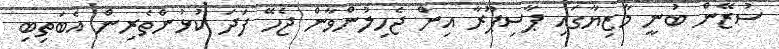
ސުޒޭން ބުނީ މާޒިޔާގައި ޕާސިޕޫރާ އިން ޖެހިލުންވާން ޖެހޭ ފަދަ ކުޅުންތެރިން އެބަތިބި